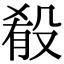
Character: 殽